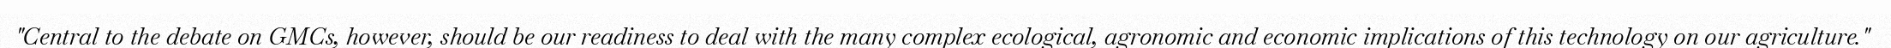
"Central to the debate on GMCs, however, should be our readiness to deal with the many complex ecological, agronomic and economic implications of this technology on our agriculture."